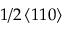
1 / 2 \left< 1 1 0 \right>